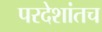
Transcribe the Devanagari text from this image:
परदेशांतच